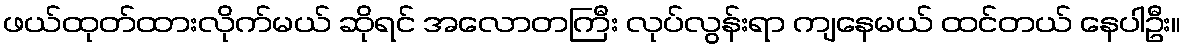
ဖယ်ထုတ်ထားလိုက်မယ် ဆိုရင် အလောတကြီး လုပ်လွန်းရာ ကျနေမယ် ထင်တယ် နေပါဦး။